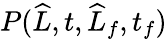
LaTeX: P(\widehat{L},t,\widehat{L}_{f},t_{f})